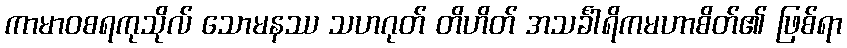
ကာမာဝစရကုသိုလ် သောမနဿ သဟဂုတ် တိဟိတ် အသင်္ခါရိကမဟာစိတ်၏ ဖြစ်ရာ